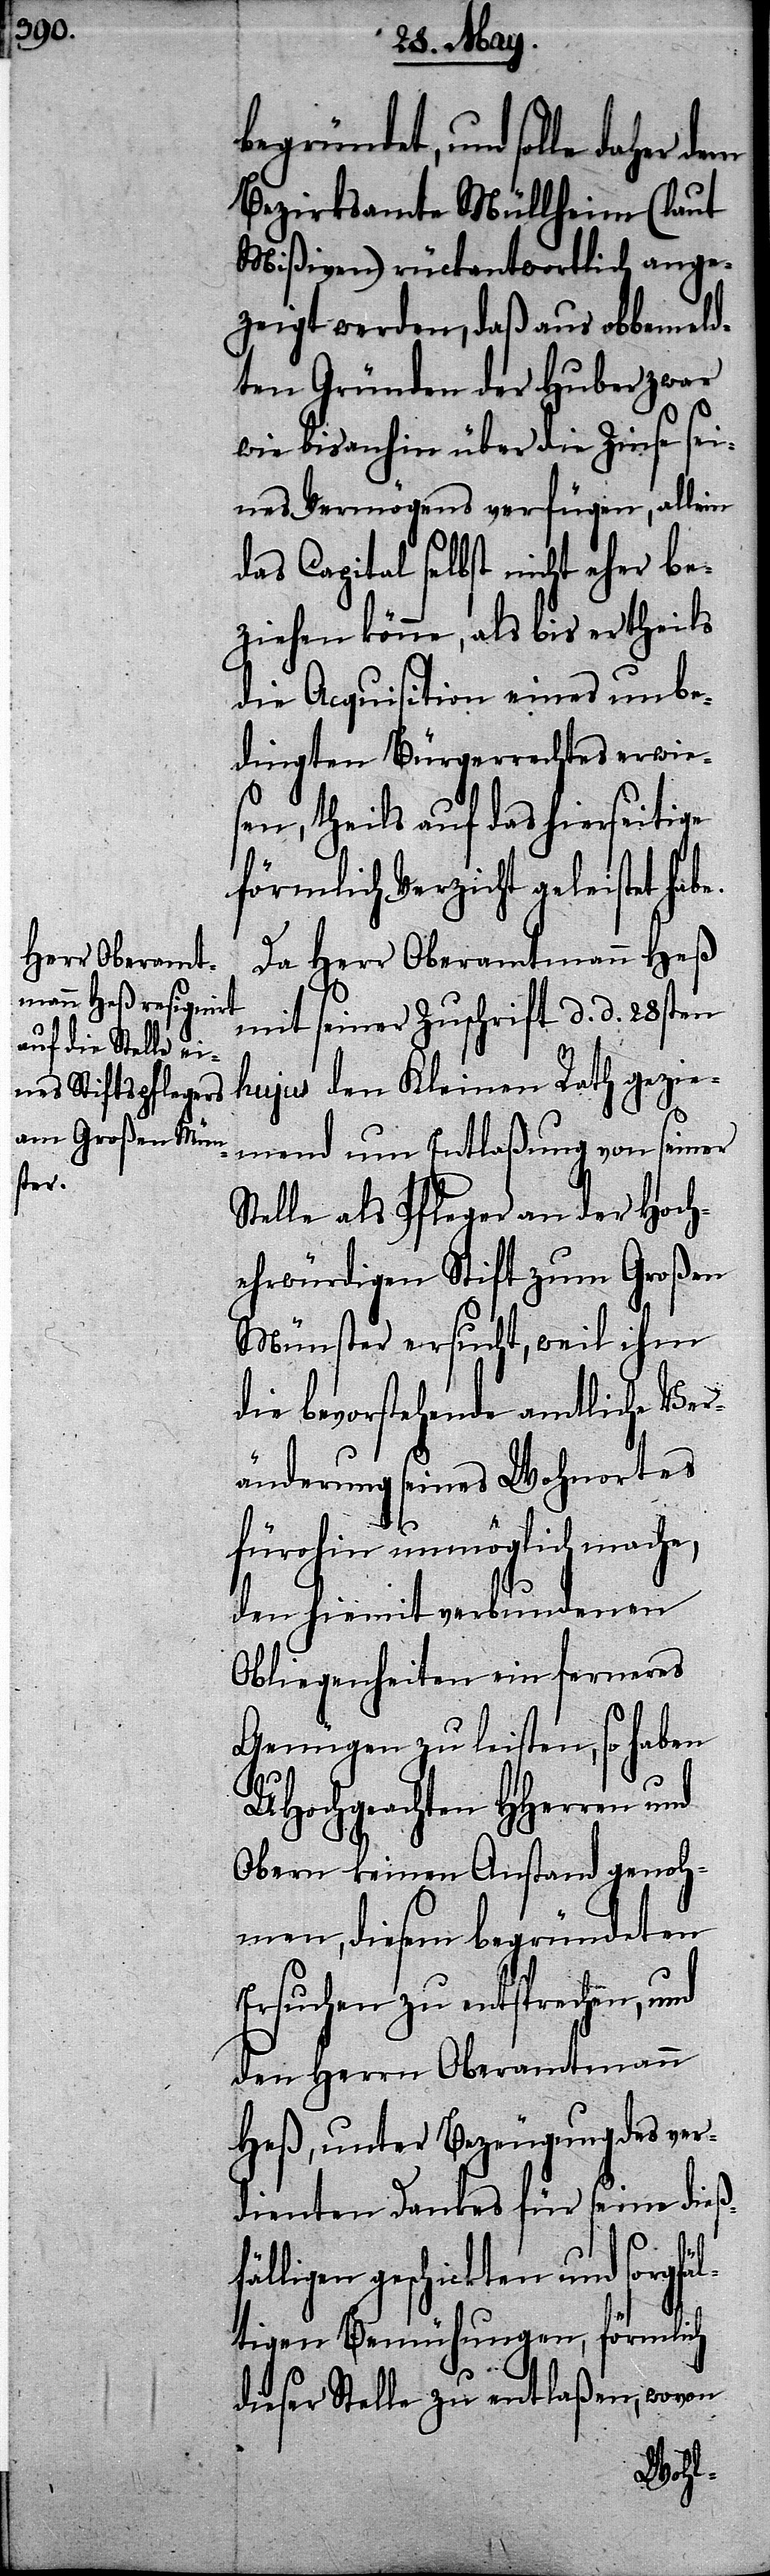
begründet, und solle daher
Bezirksamte Mülheim (laut
Mißiven) rückantwortlich ange¬
zeigt werden, daß aus obbemeld¬
ten Gründen der Huber zwar
wie bisanhin über die Zinse sei¬
nes Vermögens verfügen, allein
das Capital selbst nicht eher be¬
ziehen könne, als bis er theils
die Acquisition eines unbe¬
dingten Bürgerrechtes erwie¬
sen, theils auf das hierseitige
förmlich Verzicht geleistet hab¬
Da Herr Oberamtmann Heß
mit seiner Zuschrift d. d. 28sten
hujus den Kleinen Rath gezie¬
mend um Entlaßung von seiner
Stelle als Pfleger an der hoch¬
ehrwürdigen Stift zum Großen
Münster ersucht, weil ihm
die bevorstehende amtliche Ver¬
änderung seines Wohnortes
fürohin unmöglich mache,
den hiemit verbundenen
Obliegenheiten ein ferneres
Genügen zu leisten, so haben
UHochgeachten HHerren und
Obern keinen Anstand genoh¬
men, diesem begründeten
Ersuchen zu entsprechen, und
den Herrn Oberamtmann
Heß, unter Bezeugung des ver¬
dienten Dankes für seine dieß¬
f¬
älligen geschickten und sorgfä¬
ltigen Bemühungen, förmlich
dieser Stelle zu entlaßen, wovon